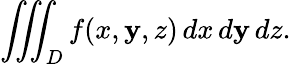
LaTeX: \iiint_{D}f(x,\mathbf{y},z)\, dx\, d\mathbf{y}\, dz.